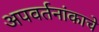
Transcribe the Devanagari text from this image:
अपवर्तनांकाचे